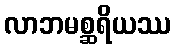
လာဘမစ္ဆရိယဿ